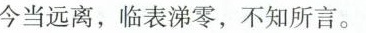
今当远离，临表涕零，不知所言。